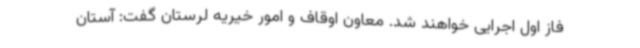
فاز اول اجرایی خواهند شد. معاون اوقاف و امور خیریه لرستان ‌گفت: آستان